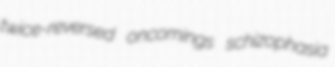
twice-reversed oncomings schizophasia